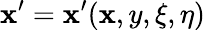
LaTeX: \mathbf{x}^{\prime}=\mathbf{x}^{\prime}(\mathbf{x},y,\xi,\eta)